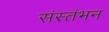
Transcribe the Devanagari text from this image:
संस्तंभन